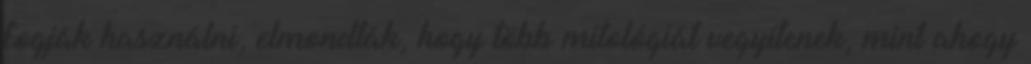
fogják használni, elmondták, hogy több mitológiát vegyítenek, mint ahogy